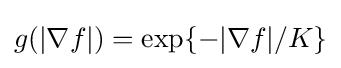
\textstyle g(|\nabla f|)=\exp\{-|\nabla f|/K\}